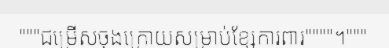
"""ជម្រើសចុងក្រោយសម្រាប់ខ្សែការពារ""""។"""